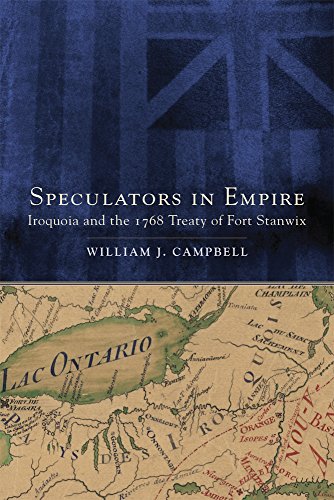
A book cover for Speculators in Empire: Iroquoia and the 1768 Treaty of Fort Stanwix (New Directions in Native American Studies series); William J Campbell; Law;